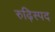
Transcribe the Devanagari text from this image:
रुढ़िस्पद